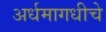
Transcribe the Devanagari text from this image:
अर्धमागधीचे